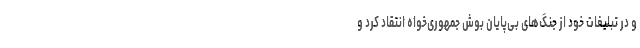
و در تبلیغات خود از جنگ‌های بی‌پایان بوش جمهوری‌خواه انتقاد کرد و